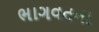
ભાગવતના